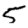
Digit: 5